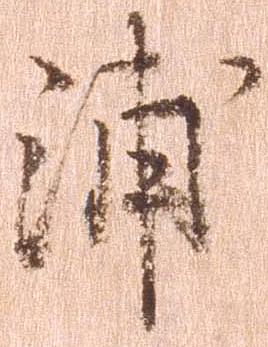
浦